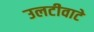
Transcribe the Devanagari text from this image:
उलटीवाटे